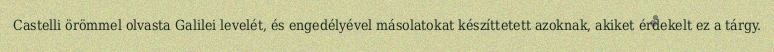
Castelli örömmel olvasta Galilei levelét, és engedélyével másolatokat készíttetett azoknak, akiket érdekelt ez a tárgy.